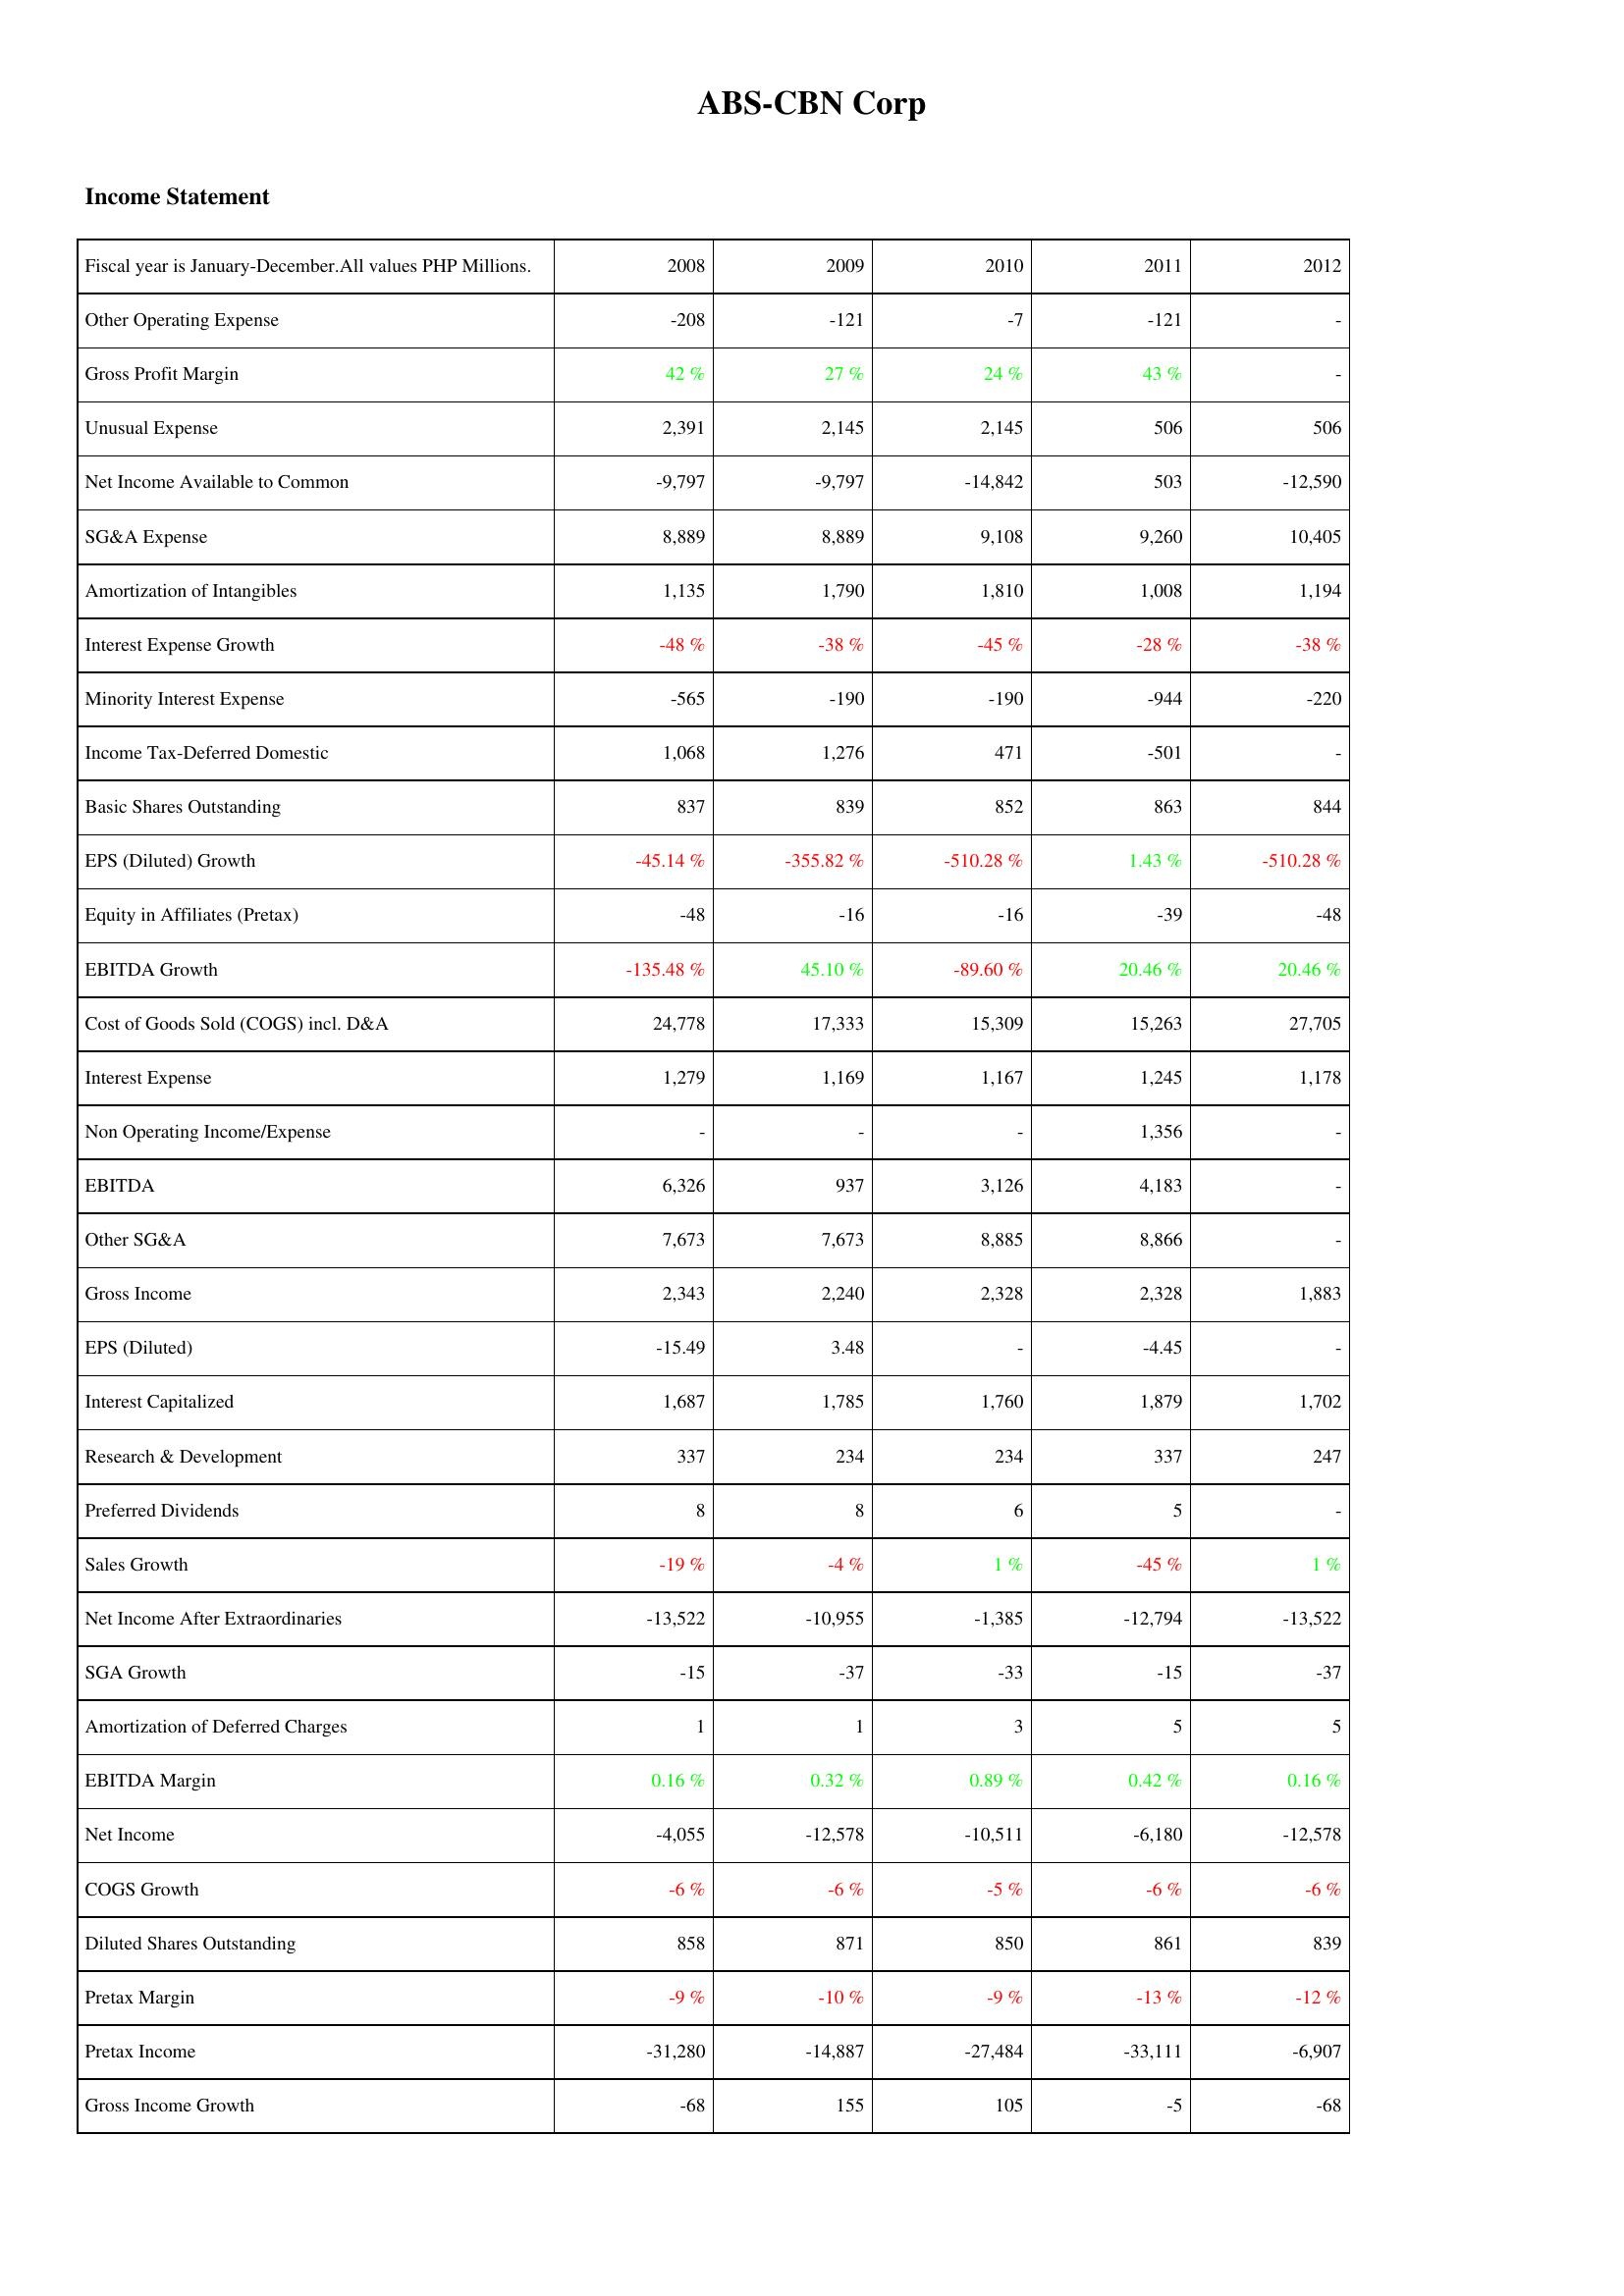
2008: Income Statement: Other Operating Expense: -208
Gross Profit Margin: 42 %
Unusual Expense: 2,391
Net Income Available to Common: -9,797
SG&A Expense: 8,889
Amortization of Intangibles: 1,135
Interest Expense Growth: -48 %
Minority Interest Expense: -565
Income Tax-Deferred Domestic: 1,068
Basic Shares Outstanding: 837
EPS (Diluted) Growth: -45.14 %
Equity in Affiliates (Pretax): -48
EBITDA Growth: -135.48 %
Cost of Goods Sold (COGS) incl. D&A: 24,778
Interest Expense: 1,279
Non Operating Income/Expense: -
EBITDA: 6,326
Other SG&A: 7,673
Gross Income: 2,343
EPS (Diluted): -15.49
Interest Capitalized: 1,687
Research & Development: 337
Preferred Dividends: 8
Sales Growth: -19 %
Net Income After Extraordinaries: -13,522
SGA Growth: -15
Amortization of Deferred Charges: 1
EBITDA Margin: 0.16 %
Net Income: -4,055
COGS Growth: -6 %
Diluted Shares Outstanding: 858
Pretax Margin: -9 %
Pretax Income: -31,280
Gross Income Growth: -68
2009: Income Statement: Other Operating Expense: -121
Gross Profit Margin: 27 %
Unusual Expense: 2,145
Net Income Available to Common: -9,797
SG&A Expense: 8,889
Amortization of Intangibles: 1,790
Interest Expense Growth: -38 %
Minority Interest Expense: -190
Income Tax-Deferred Domestic: 1,276
Basic Shares Outstanding: 839
EPS (Diluted) Growth: -355.82 %
Equity in Affiliates (Pretax): -16
EBITDA Growth: 45.10 %
Cost of Goods Sold (COGS) incl. D&A: 17,333
Interest Expense: 1,169
Non Operating Income/Expense: -
EBITDA: 937
Other SG&A: 7,673
Gross Income: 2,240
EPS (Diluted): 3.48
Interest Capitalized: 1,785
Research & Development: 234
Preferred Dividends: 8
Sales Growth: -4 %
Net Income After Extraordinaries: -10,955
SGA Growth: -37
Amortization of Deferred Charges: 1
EBITDA Margin: 0.32 %
Net Income: -12,578
COGS Growth: -6 %
Diluted Shares Outstanding: 871
Pretax Margin: -10 %
Pretax Income: -14,887
Gross Income Growth: 155
2010: Income Statement: Other Operating Expense: -7
Gross Profit Margin: 24 %
Unusual Expense: 2,145
Net Income Available to Common: -14,842
SG&A Expense: 9,108
Amortization of Intangibles: 1,810
Interest Expense Growth: -45 %
Minority Interest Expense: -190
Income Tax-Deferred Domestic: 471
Basic Shares Outstanding: 852
EPS (Diluted) Growth: -510.28 %
Equity in Affiliates (Pretax): -16
EBITDA Growth: -89.60 %
Cost of Goods Sold (COGS) incl. D&A: 15,309
Interest Expense: 1,167
Non Operating Income/Expense: -
EBITDA: 3,126
Other SG&A: 8,885
Gross Income: 2,328
EPS (Diluted): -
Interest Capitalized: 1,760
Research & Development: 234
Preferred Dividends: 6
Sales Growth: 1 %
Net Income After Extraordinaries: -1,385
SGA Growth: -33
Amortization of Deferred Charges: 3
EBITDA Margin: 0.89 %
Net Income: -10,511
COGS Growth: -5 %
Diluted Shares Outstanding: 850
Pretax Margin: -9 %
Pretax Income: -27,484
Gross Income Growth: 105
2011: Income Statement: Other Operating Expense: -121
Gross Profit Margin: 43 %
Unusual Expense: 506
Net Income Available to Common: 503
SG&A Expense: 9,260
Amortization of Intangibles: 1,008
Interest Expense Growth: -28 %
Minority Interest Expense: -944
Income Tax-Deferred Domestic: -501
Basic Shares Outstanding: 863
EPS (Diluted) Growth: 1.43 %
Equity in Affiliates (Pretax): -39
EBITDA Growth: 20.46 %
Cost of Goods Sold (COGS) incl. D&A: 15,263
Interest Expense: 1,245
Non Operating Income/Expense: 1,356
EBITDA: 4,183
Other SG&A: 8,866
Gross Income: 2,328
EPS (Diluted): -4.45
Interest Capitalized: 1,879
Research & Development: 337
Preferred Dividends: 5
Sales Growth: -45 %
Net Income After Extraordinaries: -12,794
SGA Growth: -15
Amortization of Deferred Charges: 5
EBITDA Margin: 0.42 %
Net Income: -6,180
COGS Growth: -6 %
Diluted Shares Outstanding: 861
Pretax Margin: -13 %
Pretax Income: -33,111
Gross Income Growth: -5
2012: Income Statement: Other Operating Expense: -
Gross Profit Margin: -
Unusual Expense: 506
Net Income Available to Common: -12,590
SG&A Expense: 10,405
Amortization of Intangibles: 1,194
Interest Expense Growth: -38 %
Minority Interest Expense: -220
Income Tax-Deferred Domestic: -
Basic Shares Outstanding: 844
EPS (Diluted) Growth: -510.28 %
Equity in Affiliates (Pretax): -48
EBITDA Growth: 20.46 %
Cost of Goods Sold (COGS) incl. D&A: 27,705
Interest Expense: 1,178
Non Operating Income/Expense: -
EBITDA: -
Other SG&A: -
Gross Income: 1,883
EPS (Diluted): -
Interest Capitalized: 1,702
Research & Development: 247
Preferred Dividends: -
Sales Growth: 1 %
Net Income After Extraordinaries: -13,522
SGA Growth: -37
Amortization of Deferred Charges: 5
EBITDA Margin: 0.16 %
Net Income: -12,578
COGS Growth: -6 %
Diluted Shares Outstanding: 839
Pretax Margin: -12 %
Pretax Income: -6,907
Gross Income Growth: -68